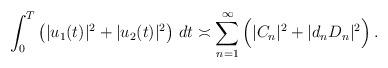
LaTeX: \begin{align*} \int_{0}^{T} \big(|u_1(t)|^2+|u_2(t)|^2\big)\ dt \asymp\sum_{ n= 1}^{\infty}\Big(|C_{n}|^2+ |d_nD_{n}|^2\Big) \,.\end{align*}